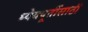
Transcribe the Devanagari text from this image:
ध्येयपूर्तीसाठी